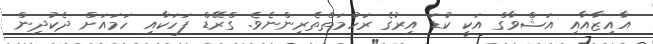
އާއިޒާއާއި އަޝްވާގް އަކީ ކުޑަ އިރުގެ ރަހުމަތްތެރިންނެވެ. ގްރޭޑް ފަހަކާއި ހަމައަށް ދެކުދިން